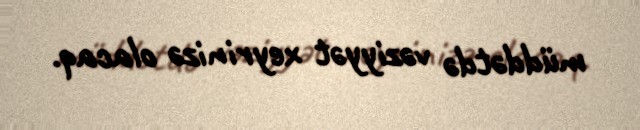
müddətdə vəziyyət xeyrinizə olacaq.